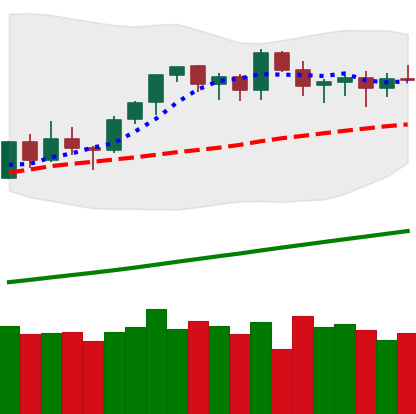
Ticker: ETH-USD
Chart end date: 2021-03-20
Forward return: -11.987%
Label: down_7plus